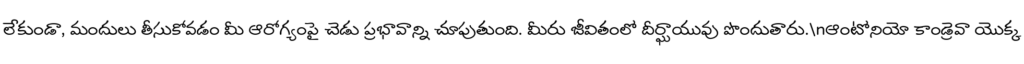
లేకుండా, మందులు తీసుకోవడం మీ ఆరోగ్యంపై చెడు ప్రభావాన్ని చూపుతుంది. మీరు జీవితంలో దీర్ఘాయువు పొందుతారు.\nఆంటోనియో కాండ్రెవా యొక్క